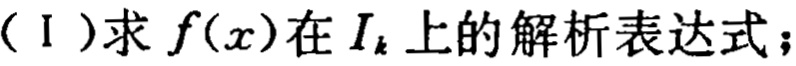
（Ⅰ）求 \(f(x)\) 在 \(I_{k}\) 上的解析表达式；